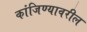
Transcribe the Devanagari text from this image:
कांजिण्यावरील